kultuurilooline_kollektsioon, lk 26
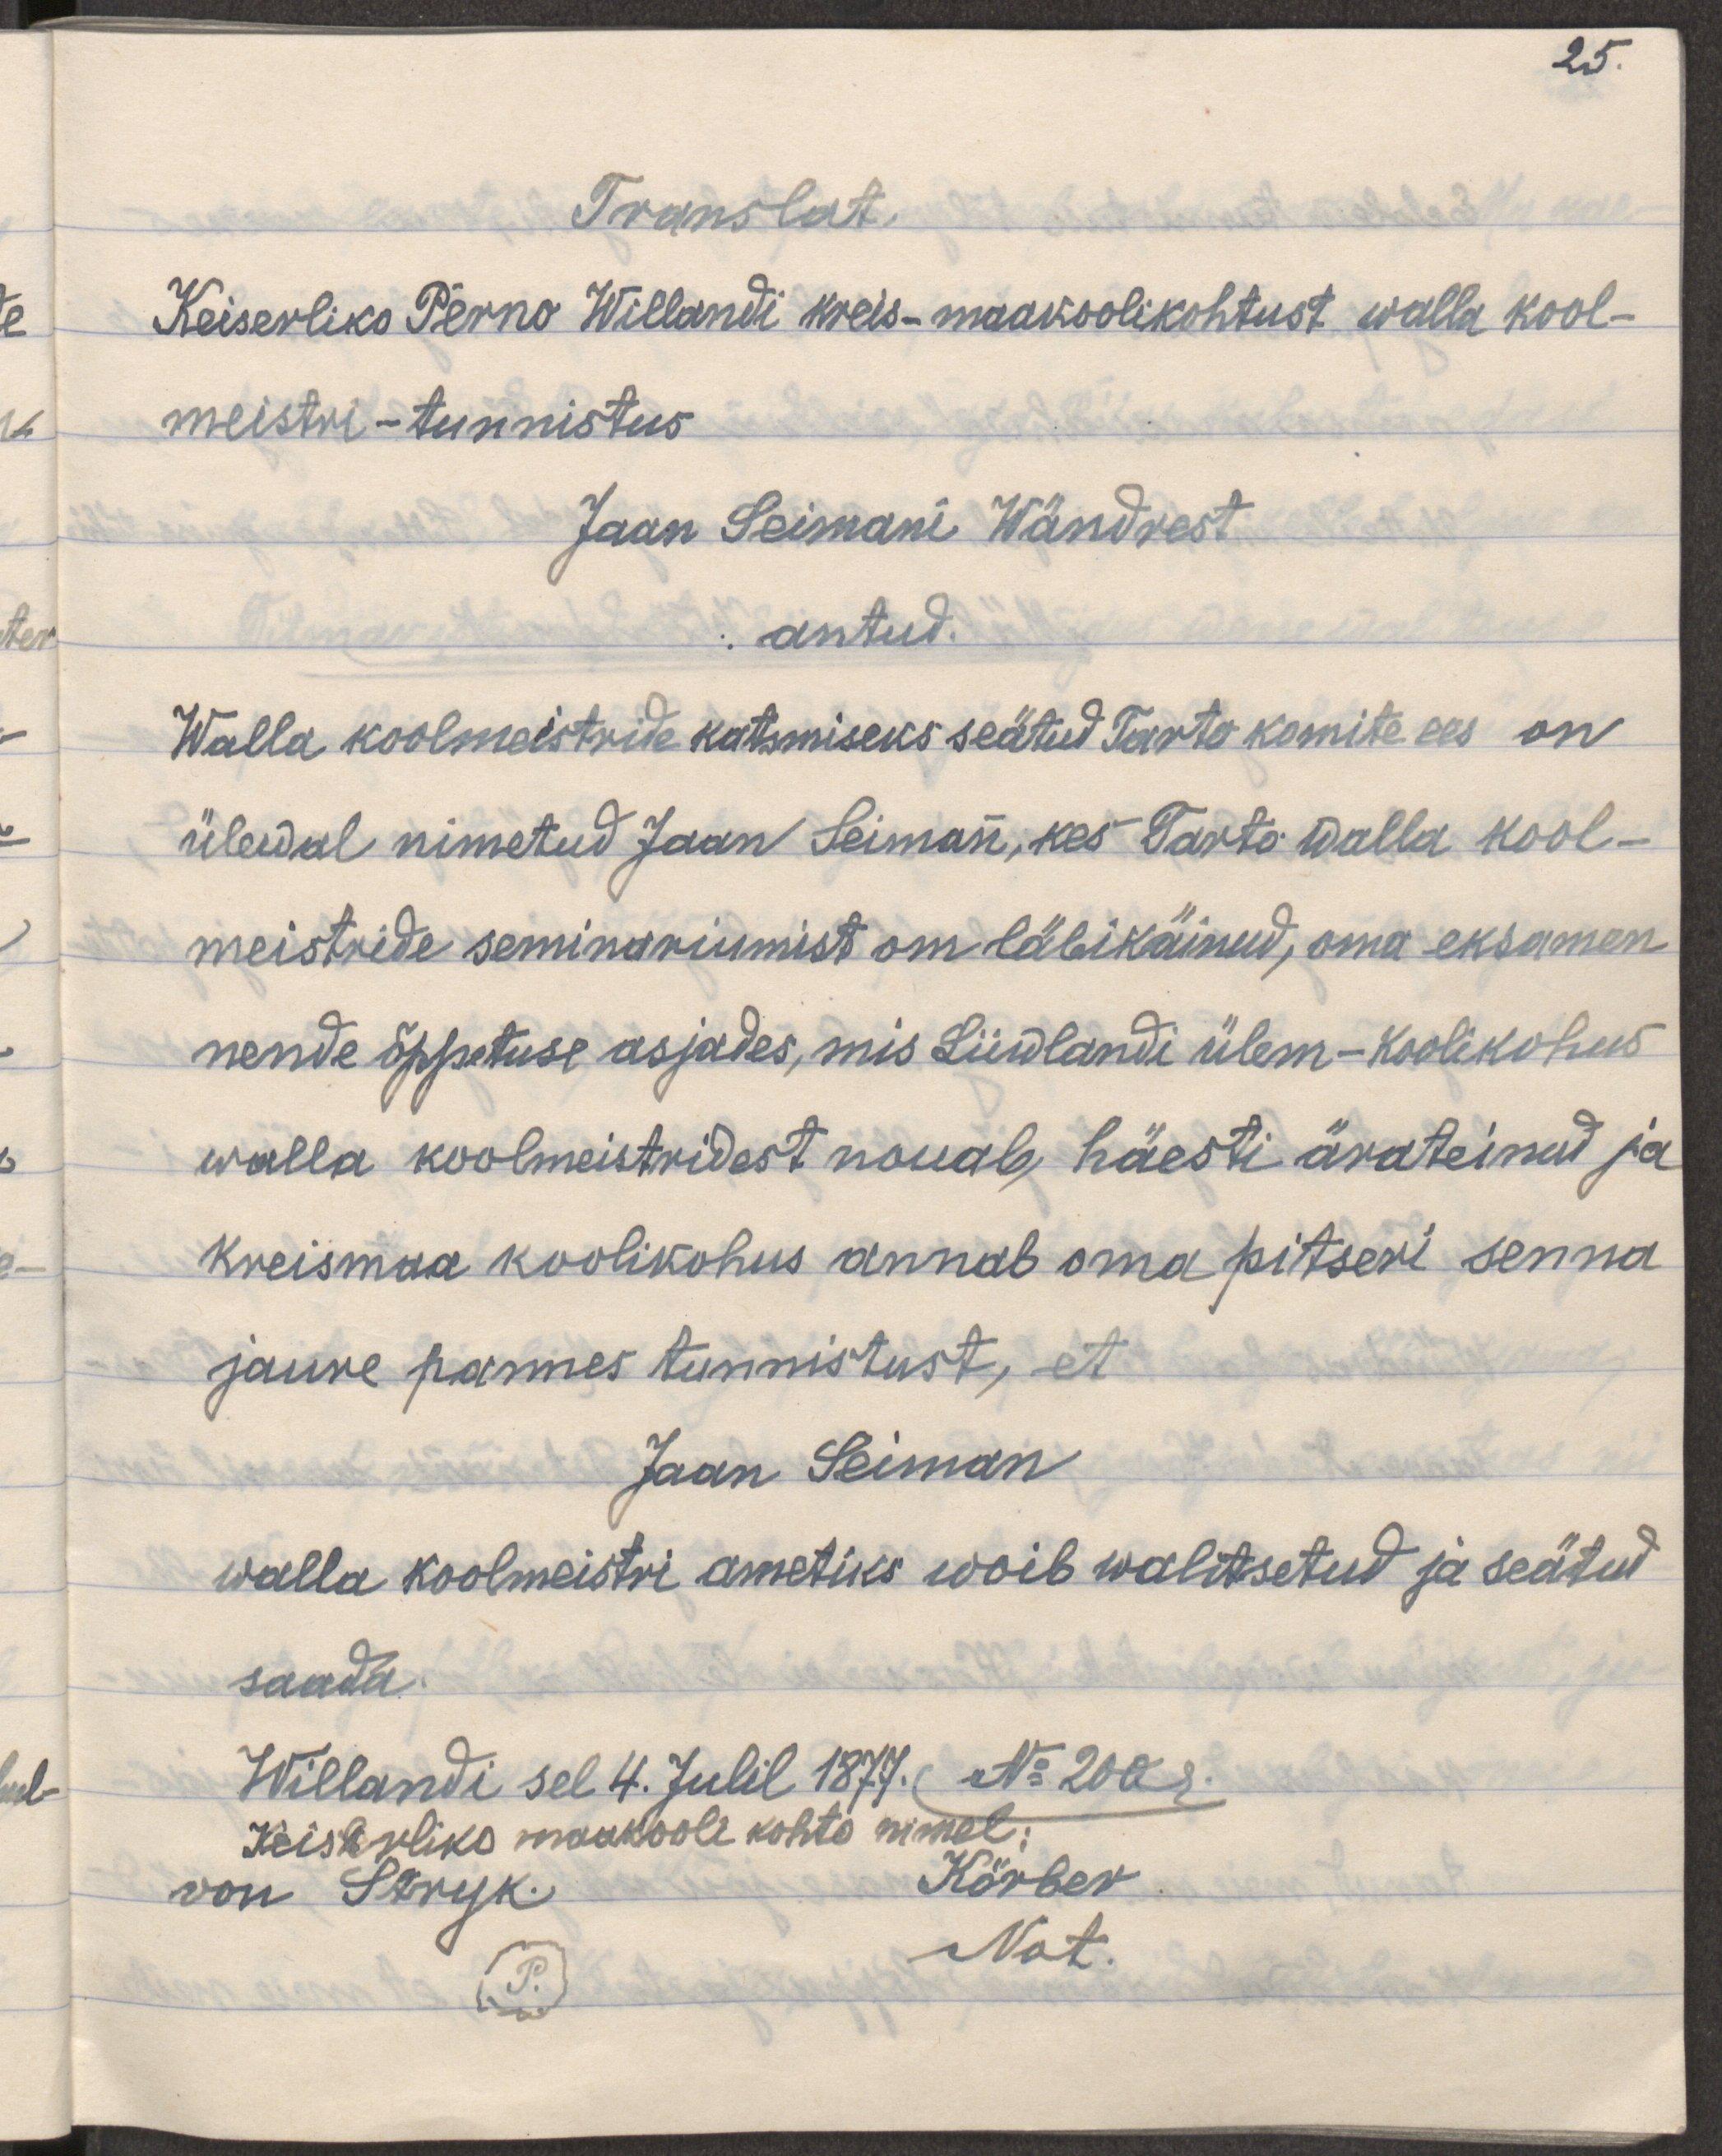
25
Translat.
Keiserliko Perno Willandi kreis-maakoolikohtust walla kool-
meistri-tunnistus
Jaan Seimani Wändrest
antud.
Walla koolmeistrile katsmiseks seätud Tarto komite ees on
ülewal nimetatud Jaan Seiman, kes Tarto walla kool-
meistride seminariumist on läbikäinud, oma eksamen
nende õppetuse asjades, mis Liiwlandi ülem-koolikohus
walla koolmeistridest nouab, häesti ärateinud ja
kreismaa koolikohus annab oma pitseri senna
jaure pannes tunnistust, et
Jaan Seiman
walla koolmeistri ametiks woib walitsetud ja seätud
saada.
Willandi sel 4. Julil 1877. No:200?
Keiserliko maakooli kohto nimel
Körber
von Stryk
Nat.